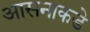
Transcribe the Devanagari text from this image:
आसनाकडे